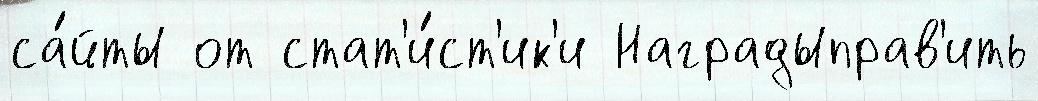
са́йты от стат'и́ст'ик'и Наградыправ'ить